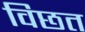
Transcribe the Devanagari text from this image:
विछत